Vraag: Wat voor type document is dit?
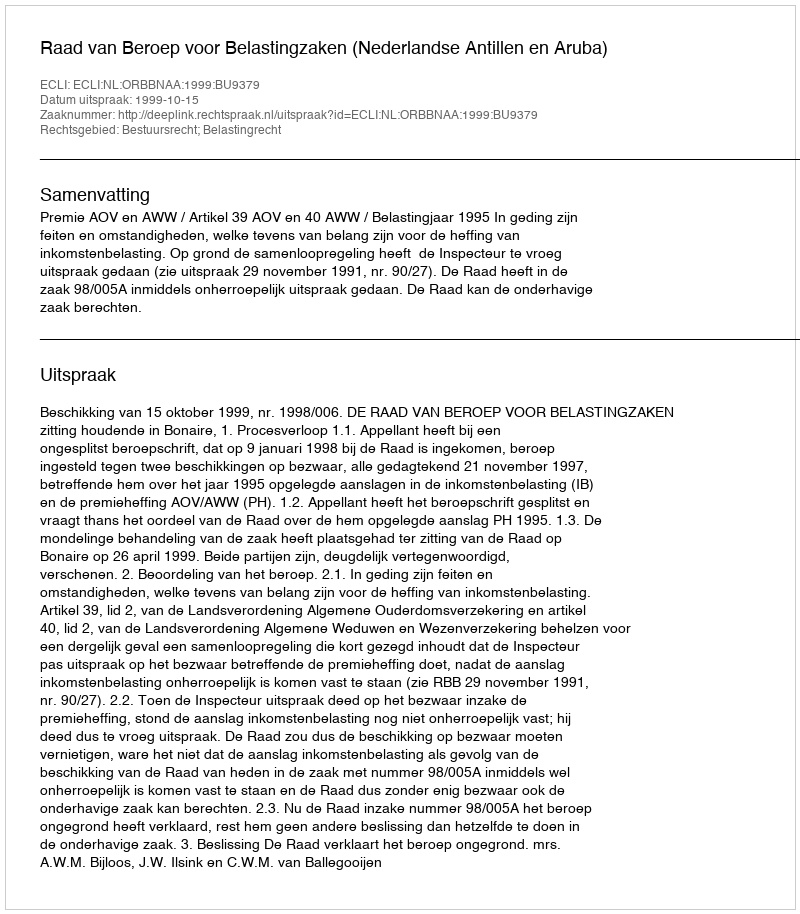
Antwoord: Uitspraak